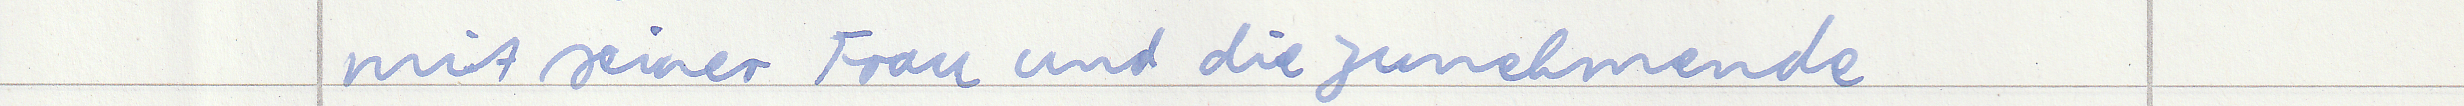
mit seiner Frau und die zunehmende